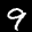
Label: 9